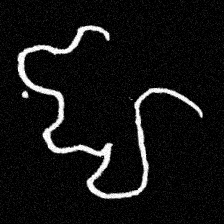
Pyu character \u2014 Myanmar letter: ဈ (romanized: jha)